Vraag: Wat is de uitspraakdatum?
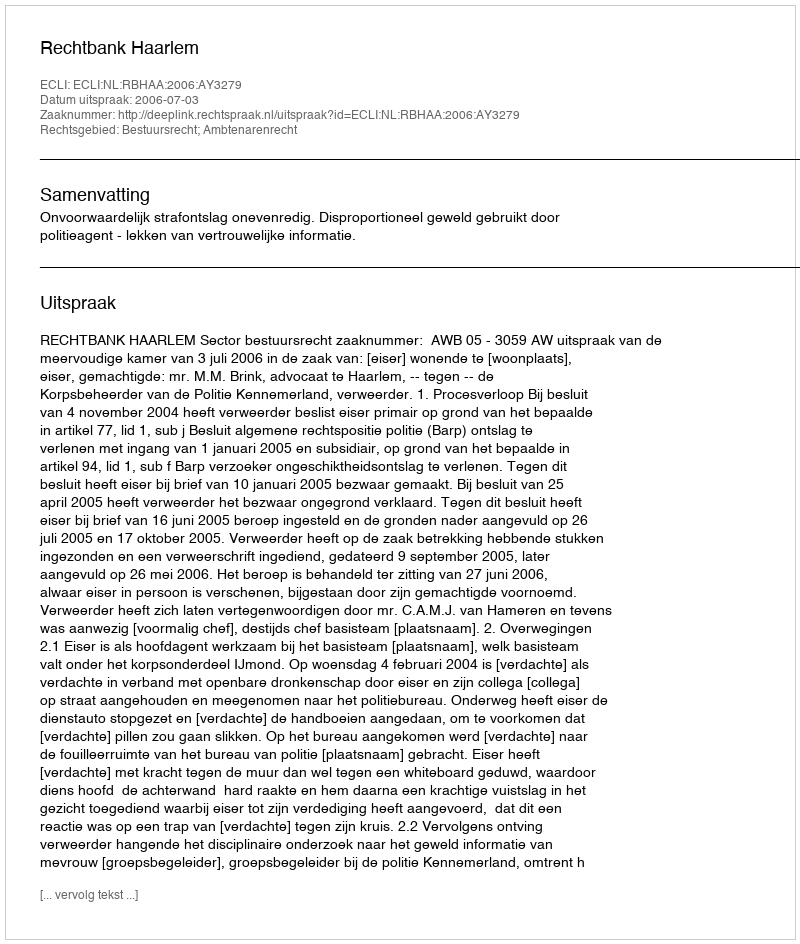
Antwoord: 2006-07-03